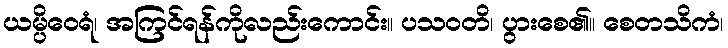
ယမ္ပိဝေရံ၊ အကြင်ရန်ကိုလည်းကောင်း။ ပသဝတိ၊ ပွားစေ၏။ စေတသိကံ၊